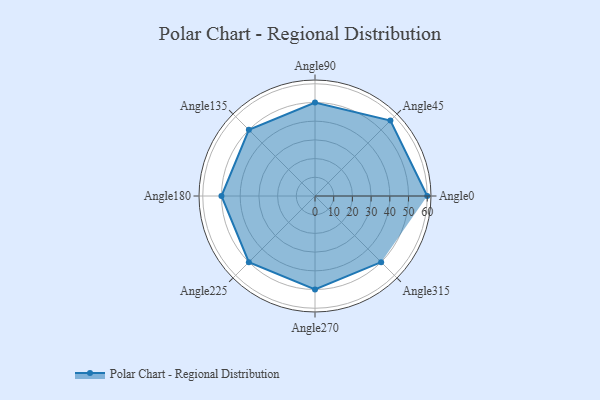
{"axis": {"x": "Angle", "y": "Radius"}, "legend": [""], "data": [{"x": "Angle0", "y": 60.0, "type": ""}, {"x": "Angle45", "y": 57.0, "type": ""}, {"x": "Angle90", "y": 50.0, "type": ""}, {"x": "Angle135", "y": 50, "type": ""}, {"x": "Angle180", "y": 50, "type": ""}, {"x": "Angle225", "y": 50, "type": ""}, {"x": "Angle270", "y": 50, "type": ""}, {"x": "Angle315", "y": 50, "type": ""}]}